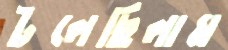
টলেছিলাম